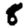
Digit: 8